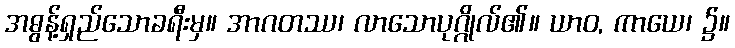
အဓွန့်ရှည်သောခရီးမှ။ အာဂတဿ၊ လာသောပုဂ္ဂိုလ်၏။ ယာဝ, ကာယေ၊ ၌။